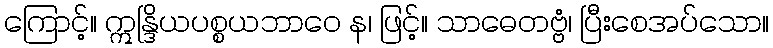
ကြောင့်။ ဣန္ဒြိယပစ္စယဘာဝေ န၊ ဖြင့်။ သာဓေတဗ္ဗံ၊ ပြီးစေအပ်သော။